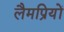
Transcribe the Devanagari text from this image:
लैमप्रियों